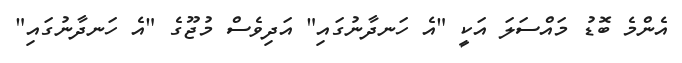
އެންމެ ބޮޑު މައްސަލަ އަކީ "އެ ހަނދާނުގައި" އަދިވެސް މުޖޫގެ "އެ ހަނދާނުގައި"